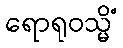
ရောရုဝသ္မိံ